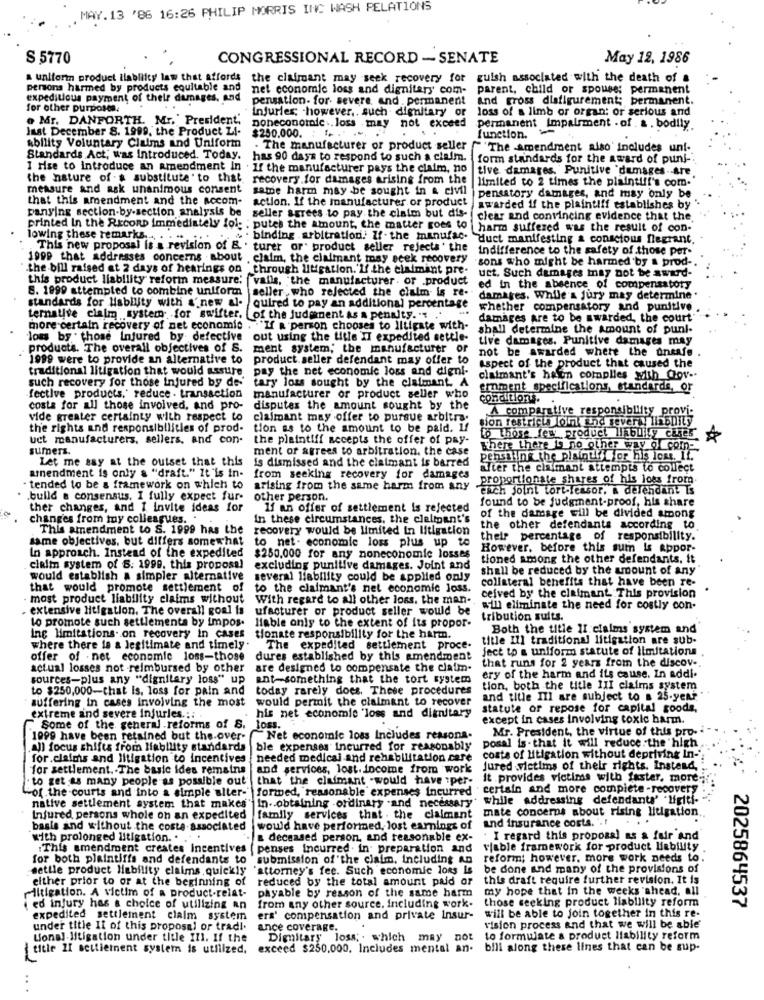
. MAY. 13 '86 16:26 PHILIP MORRIS INC WASH RELATIONS
S 5770
CONGRESSIONAL RECORD - SENATE
May 12, 1986
a uniform product ilabliity law that affords the claimant may seek recovery for guish associated with the death of a
persons harmed by products equitable and
net economie loss and dignitary com- parent, child or spouse; permanent
expeditious payment of their dimages, and
pensation- for- severe and . permanent
And gross disfigurement; permanent.
for other purposes.
Injuries; however ,. such . dignitary or
loss of a limb or organ: or serious and
. Mr. DANFORTH. Mr. ' President,
Just December S. 1999, the Product LI-
noneconomic .. loss may not exceed
$250.000.
permanent Impairment . of . a . bodily.
function.
Ability Voluntary Claims and Uniform
. The manufacturer or product seller
"The amendment also includes uni-
Standards Act, was Introduced. Today. has 90 days to respond to such a claim.
form standards for the award of puni -.
I Hse to Introduce an amendment In . If the manufacturer pays the claim, no
tive damages. Punitive damages are
the nature of -& substitute ' to that
recovery.for damages arising from the
limited to 2 times the plaintiff's com.
measure and ask unanimous consent
same harm may be sought in & civil
that this amendment and the accom-
action. If the manufacturer. or product
pensstory damages, and may only be
panying section-by-section analysis be
awarded if the plaintiff establishes by
seller agrees to pay the claim but dis-
clear and convincing evidence that the
printed In the REconD immediately fol ; putes the amount, the matter goes to
harm suffered was the result of con-
lowing these remarks ..... .....
% binding arbitration. If. the manufac. duct manifesting a conscious flegrant
This new proposal is a revision of B . turer or" product seller rejects ' the
indifference to the safety of those per-
1999 that addresses concerns about . claim, the claimant may ecek recovery
sons who might be harmed by a prod-
.the bill raised et 2 days of hearings on through litigation.'If the claimant pre-
this product liability reform measure. valls, the manufacturer. or product
uct. Such damages may not be award-
8. 1999 attempted to combine uniform
ed in the absence of compensatory
standards for Hisbility with a'new al-
seller , who rejected the claim is re- damages. While's jury may determine.
quired to pay an additional percentage
whether compensatory and punitive
ternative claim system for swifter. of the Judgment as a penalty. "" ."
damages are to be awarded, the court-
more certain recovery of net economic . "If a person chooses to Iltigate with-
shall determine the amount of punl-
lous by . those Injured by defective
out using the title II expedited settle-
tive damages. Punitive damages may
products. The overall objectives of S.
ment system, the manufacturer or
not be awarded where the oneafe .
1999 were to provide an alternative to product seller defendant may offer to
traditional litigation that would assure
pay the net economic loss and digni-
Aspect of the product that caused the
such recovery for those Injured by de-
tary loss sought by the claimant. A
claimant's haun complies with Cov -.
emment specifications, standards, or
fective products,' reduce . transaction
manufacturer or product seller who
conditions.
costa for all those involved, and pro-
disputes the amount sought by the
A comparative responsibility provi-
vide greater certainty with respect to
claimant may offer to pursue arbitra.
sion restricts oh and sever y linenity
the rights and responsibilities of prod-
tion as to the amount to be paid. 1f
uct manufacturers, sellers, and con-
the plaintiff accepts the offer of pay-
to those few product limbLily canes
sumers.
ment of agrees to arbitration. the case
There there is no other way Of com-
Let me say at the outset that this
Is dismissed and the claimant is barred
pensting the plaintiff for his loms. 11.
after the claimant attempts to collect
amendment is only & "draft." It"is in-
from seeking recovery for damages
proportionate shares of his loss from
- tended to be & framework on which to
arising from the same harm from any
Ench Joint tort-leasor, a defendant Is
.build a consensus, I fully expect fur-
other person.
found to be judgment-proof, his share
ther changes, and I invite ideas for
If an offer of settlement is rejected
of the damage will be divided among
changes from my colleagues ..
In these circumstances, the clalipant's
This amendment to S. 1999 has the
recovery would be limited in litigation
the other defendants according to
same objectives, but differs somewhat
to net- economic loss plus up to
their percentage of responsibility.
In approach. Instead of the expedited
However, before this sum is appor-
$250.000 for any noneconomic losses
tioned among the other defendants, it
cialin system of S: 1999. this proposal
excluding punitive damages. Joint and
shall be reduced by the amount of any
would establish a simpler alternative
several liability could be applied only
collateral benefits that have been re-
that would promote settlement of
to the claimant's net economic loss.
ceived by the claimant This provision
most product liability claims without
With regard to all other loss. the man.
. extensive litigation. The overall goal is
ufacturer or product seller would be
will eliminate the need for costly con-
to promote such settlements by impos.
tribution suits.
Hable only to the extent of its propor-
Both the title II claims system and'
lac limitations on recovery in cases
tionate responsibility for the harm.
title Ill traditional litigation are sub-
where there is a legitimate and timely
The expedited settlement proce-
ject to a uniform statute of limitations.
offer of . net economic loss-those
dures established by this amendment
that runs for 2 years from the discov -.
actual losses not reimbursed by other
are designed to compensate the claim-
sources-plus any "dignitary loss" up
ent-something that the tort system
ery of the harm and its cause. In addi.
to $250,000-that Is, loss for pain and today rarely does. These procedures
tion, both the title III claims system
suffering in cases involving the most
would permit the claimant to recover
and title III are subject to a 25-yeni "
statute or repose for capital goods,
extreme and severe injuries. ::.
his net economie 'loss and diknitary
except in cases involving toxic harm.
Some of the general -reforms of S.
loss.
Mr. President, the virtue of this pro-
1099 have been retained but the.over-
Net economic loss Includes reasons.
All focus shifts from Hiability standards
ble expenses incurred for reasonably
posal is - that it will reduce the high
for.claims and litigation to incentives
needed medical and rehabilitation care costs of litigation without depriving in-
for settlement. The basic ides remains
and services, lost. income from work
Jured victims of their rights. Instead,
to get as many people as possible out
that the claimant would have per-
it provides victims with faster, more-
of the courts and into a simple alter-" formed, reasonable expenses Incurred
certain and more complete -recovers
· while addressing defendants' "ligiti-"
native settlement system that makes
In. obtaining -ordinary -and necessary
mate concerns about rising litigation
Infured persons whole on an expedited
family services that . the claimant
basis and without the coste-associated
would have performed, lost earnings of and insurance costs. ' .!
with prolonged litigation. . .
deceased person, and reasonable ex- . I regard this propoas) as a fair and
: This amendment creates incentives ( penses incurred . in preparation and
viable framework for product liability
for both plaintiffs and defendants to
submission of the claim, Including AD
reform; however, more work needs to.
settle product Hability claims quickly
"attorney's fee. Such economic lons Is
be done and many of the provisions of
either prior to or at the beginning of
reduced by the total amount paid or
this draft require further revision. It is
my hope that in the weeks 'shead, all
litigation. A victim of a product-relat- payable by reason of the same harm
those seeking product liability reform
2025864537
ied injury has a choice of utilizing an
from any other source, including work.
expedited settlement claim system
ers' compensation and private Insur-
will be able to join together in this re-
under title Ii of this proposal or trad !.
ance coverage.
vision process and that we will be able
Lionel litigation under title Ill. If the
Dignitary loss; . which may not
to formulate a product liability reform
{title II settlement system is utilized, exceed $250.000. Includes mental an-
bill along these lines that can be sup-
. .